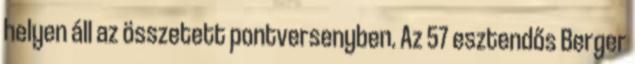
helyen áll az összetett pontversenyben. Az 57 esztendős Berger